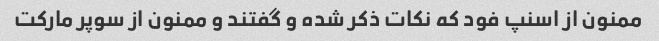
ممنون از اسنپ فود که نکات ذکر شده و گفتند و ممنون از سوپر مارکت